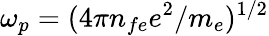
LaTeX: \omega_{p}=(4\pi n_{fe}e^{2}/m_{e})^{1/2}